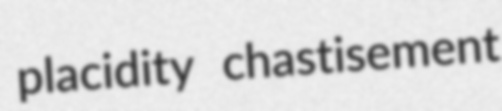
placidity chastisement